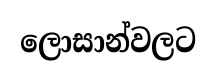
ලොසාන්වලට